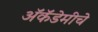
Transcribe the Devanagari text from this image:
अॅकॅडेमीचे